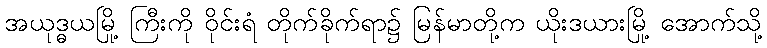
အယုဒ္ဓယမြို့ ကြီးကို ဝိုင်းရံ တိုက်ခိုက်ရာ၌ မြန်မာတို့က ယိုးဒယားမြို့ အောက်သို့